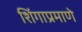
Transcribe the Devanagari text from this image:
शिंगाप्रमाणे